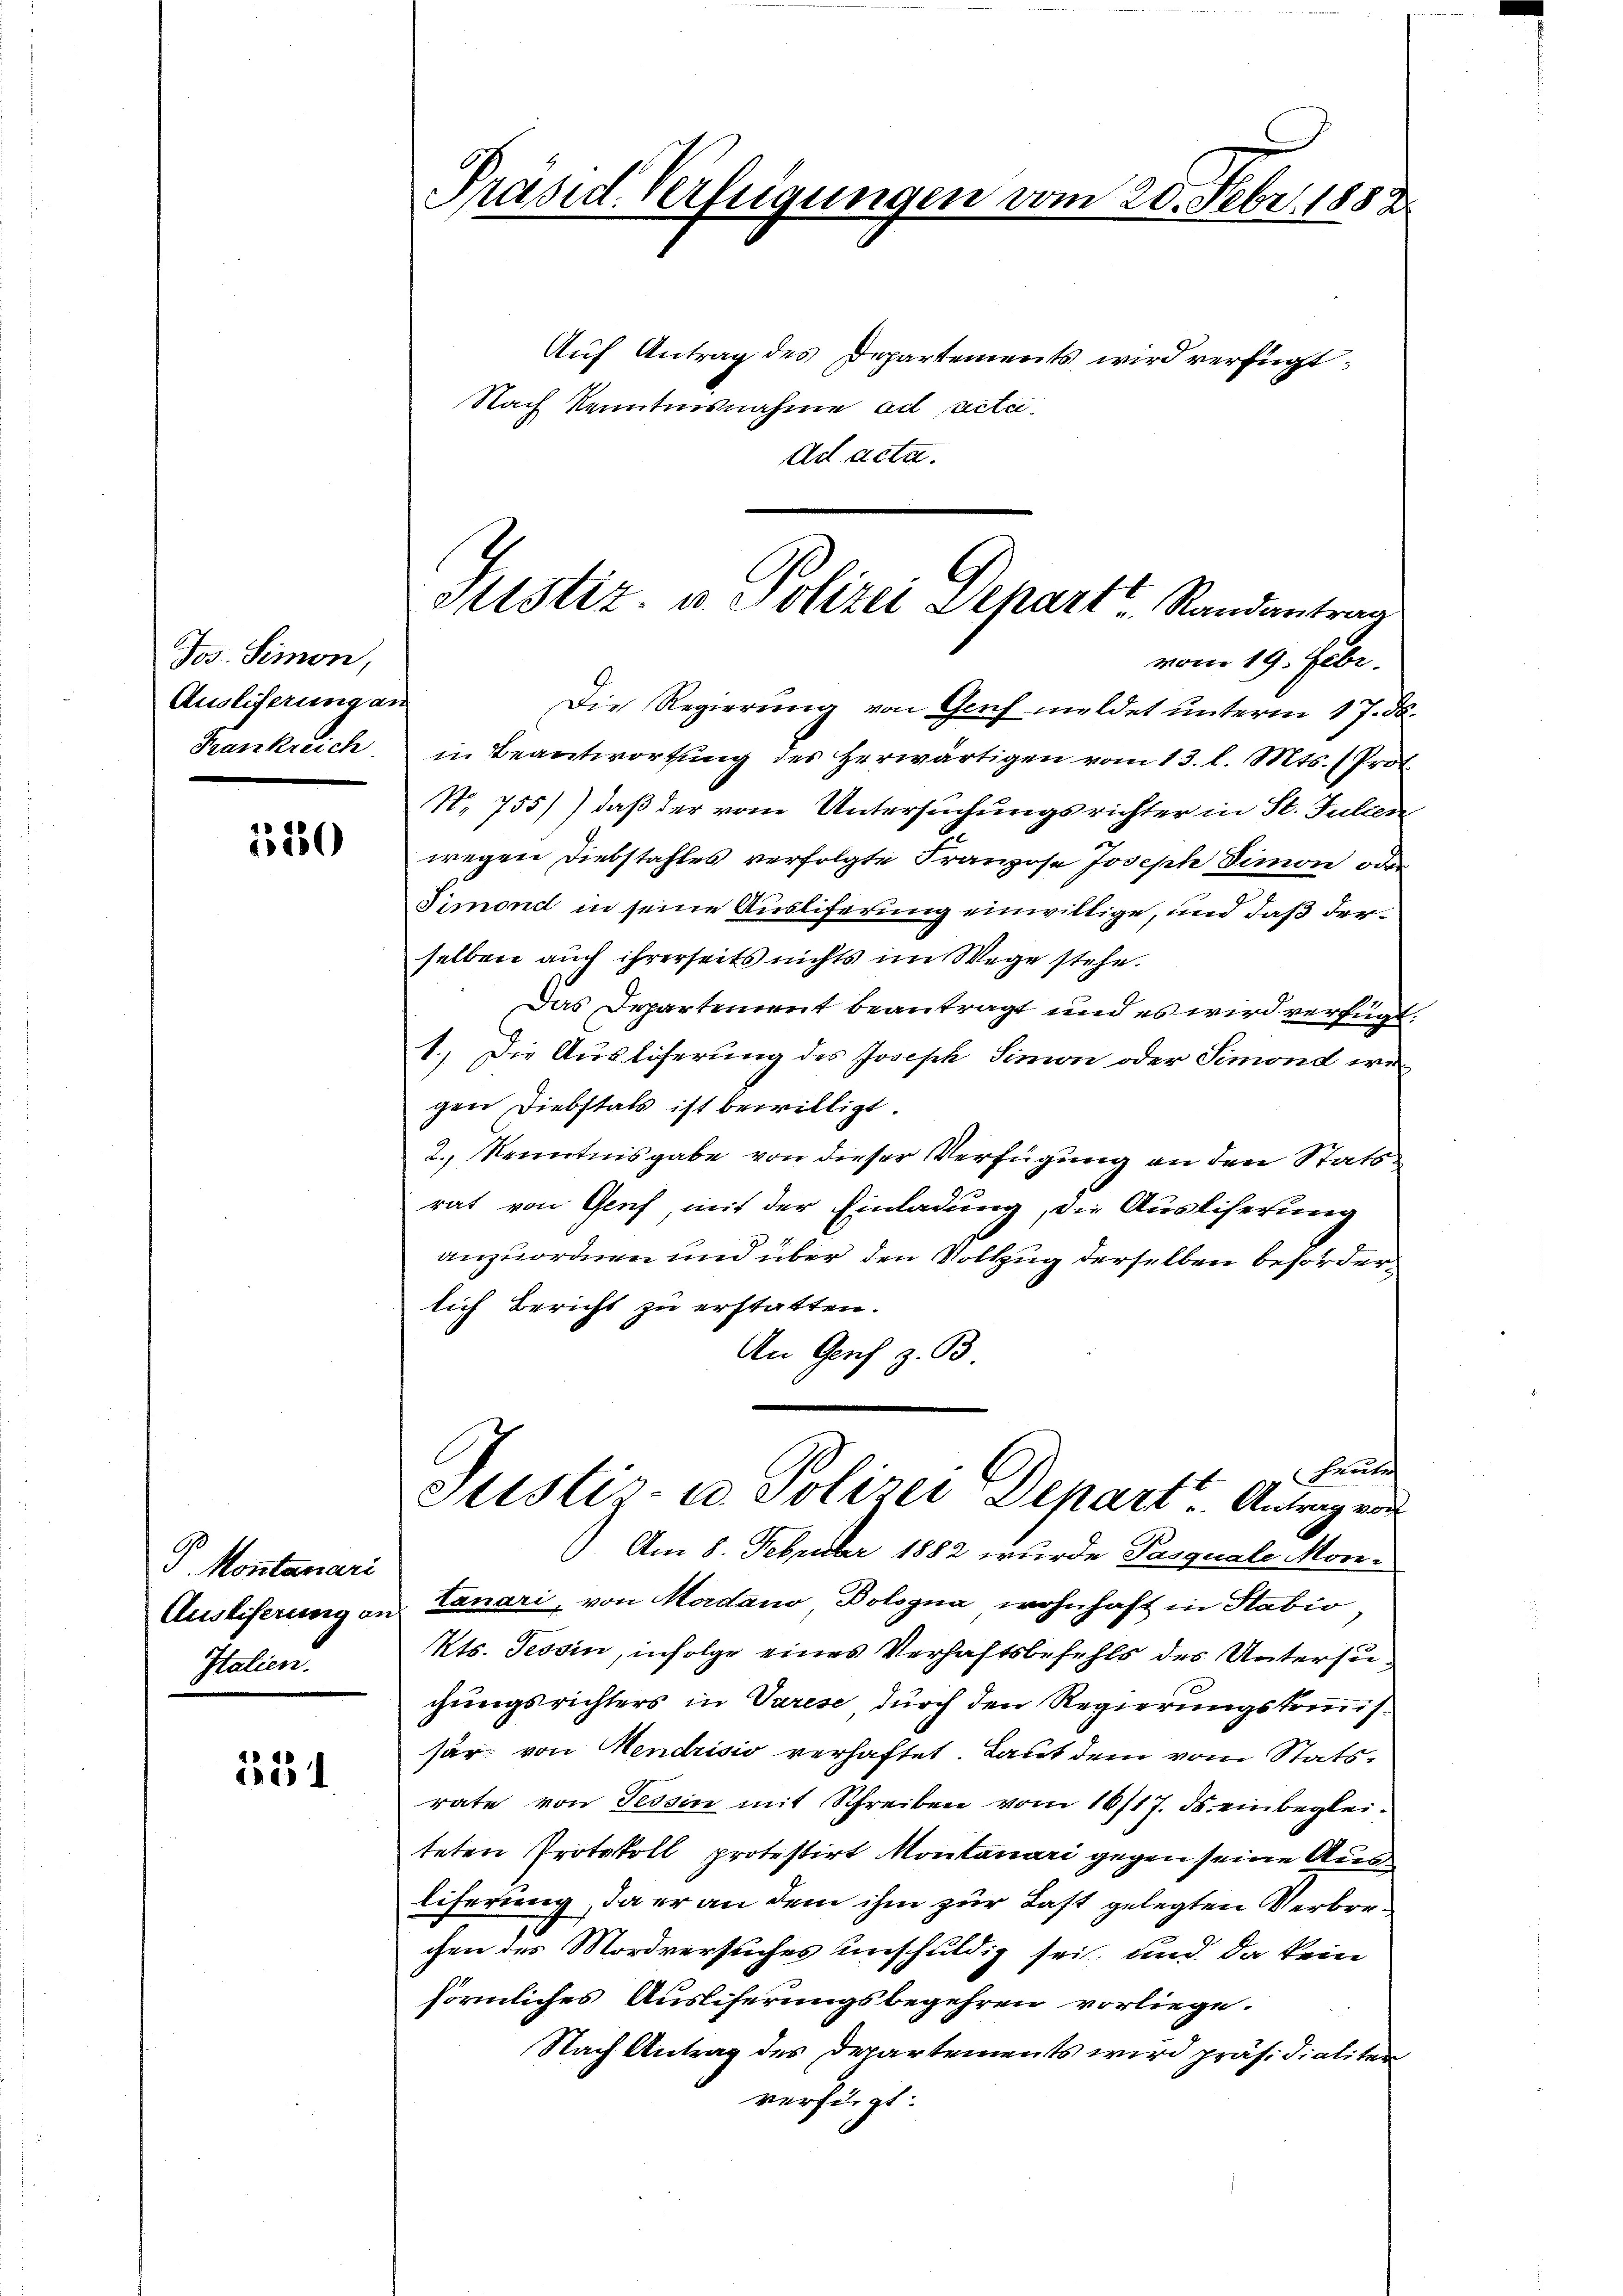
Jos. Simon,
Ausliferung an
Frankreich

350

P. Montanari
Austiferung an
Italien.

134

Präsid. Verfügungen vom 20. Febr. 1882

Auf Antrag des Departements wird verfügt:
Nach Kenntnisnahme ad acta.
Ad acta.

Ptstiz- u. Polizei Depart Randantrag

vom 19. Febr.
Die Regierung von Gach meldet unterm 17. d.
in Beantwortung des Herwärtigen vom 13. l. Mts. (Prot.
No 755)) daß der vom Untersuchungsrichter in St. Fulten
wegen Diebstahles verfolgte Franzose Joseph Simon oder
Simond in seine Ausliferung einwillige, und daß derselben auch ihrerseits nichts im Wege stehe.
Das Departement beantragt und es wird verfügt.
1.) Die Auslicherung des Joseph Simon oder Simond wegen Diebstals ist bewilligt
2., Kenntnisgabe von dieser Verfügung an den Stats
rat von Genf, mit der Einladung, die Ausliferung
anzuordnen und über den Vollzug derselben beförderlich Bericht zu erstatten.
An Genf z. B
Heuter
Stistir- u. Polizei Depart. Antrag von
Am 8. Februar 1882 wurde Pasquale Montanari, von Mordano Bologna wohnhaft in Stabio,
Kts. Tessin, infolge eines Verhaftsbefehls des Untersuchungsrichters in Varese durch den Regierungskommissar: von Mendrisis verhaftet. Laut dem vom Statsrate von Tessin mit Schreiben vom 16/17. ds. einbegleiteten Protokoll protestirt Montanari gegen seine Ausliferung, da er an dem ihm zur Last gelegten Verbrechen des Mordversuches unschuldig sei, und da kein
förmliches Ausliferungsbegehren vorliege.
Nach Antrag des Departements wird präsidialiter
verfügt: